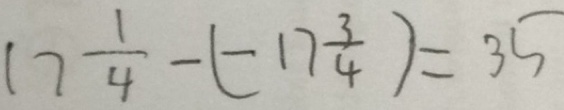
1 7 \frac { 1 } { 4 } - ( - 1 7 \frac { 3 } { 4 } ) = 3 5